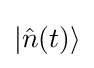
\left|{\hat {n}}(t)\right\rangle